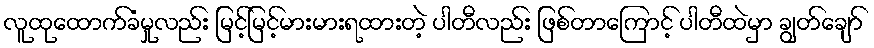
လူထုထောက်ခံမှုလည်း မြင့်မြင့်မားမားရထားတဲ့ ပါတီလည်း ဖြစ်တာကြောင့် ပါတီထဲမှာ ချွတ်ချော်